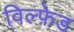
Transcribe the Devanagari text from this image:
विल्फ़ेड